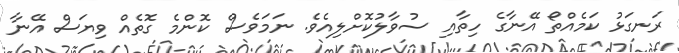
ރަނގަޅު ކަމެއްތޯ އޭނާގެ ހިތާއި ސުވާލުކޮށްލިއެވެ. ނަމަވެސް ކޮންމެ ގޮތެއް ވިޔަސް އޭނާ